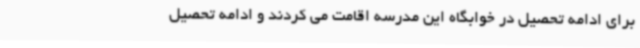
برای ادامه تحصیل در خوابگاه این مدرسه اقامت می کردند و ادامه تحصیل